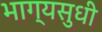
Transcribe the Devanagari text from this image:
भाग्यसुधी